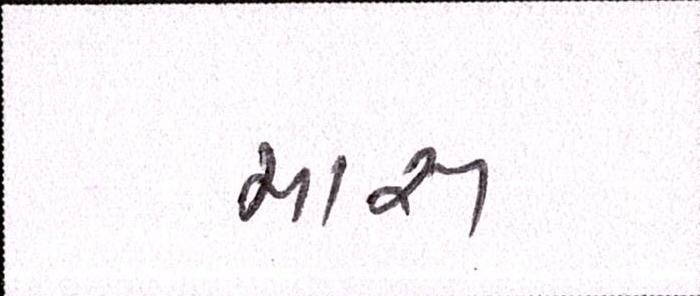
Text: માસ